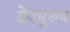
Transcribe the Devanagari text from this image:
देवपुरुष